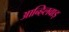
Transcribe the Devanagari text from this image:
आन्हिलवाड़